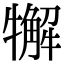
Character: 𤛳